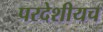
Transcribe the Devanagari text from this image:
परदेशीयच